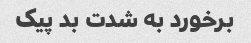
برخورد به شدت بد پیک